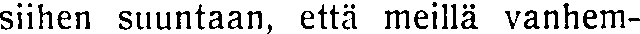
siihen suuntaan, että meillä vanhem-